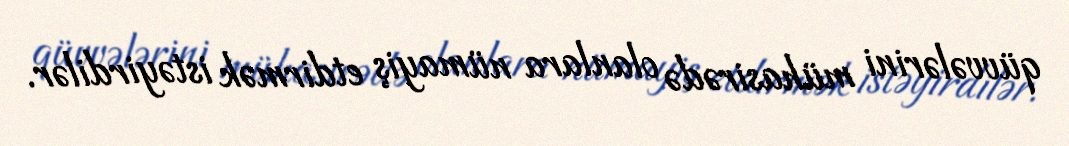
qüvvələrini mühasirədə olanlara nümayiş etdirmək istəyirdilər.